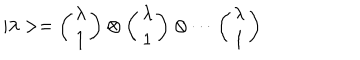
| \lambda > = \left( \begin{array} { c } { { \lambda } } \\ { { 1 } } \\ \end{array} \right) \otimes \left( \begin{array} { c } { { \lambda } } \\ { { 1 } } \\ \end{array} \right) \otimes \cdots \left( \begin{array} { c } { { \lambda } } \\ { { 1 } } \\ \end{array} \right)